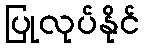
ပြုလုပ်နိုင်